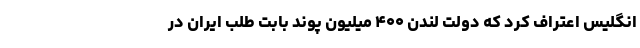
انگلیس اعتراف کرد که دولت لندن ۴۰۰ میلیون پوند بابت طلب ایران در